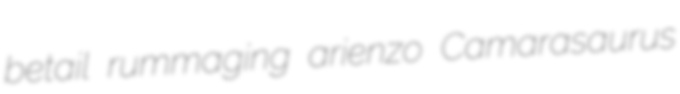
betail rummaging arienzo Camarasaurus